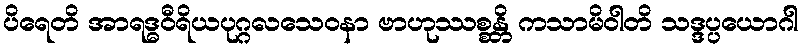
ပိရေတိ အာရဒ္ဓဝီရိယပုဂ္ဂလသေဝနာ ဗာဟုဿစ္စန္တိ ကသာမိဝါတိ သဒ္ဒပ္ပယောဂါ